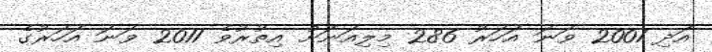
އަދި 2001 ވަނަ އަހަރު 286 މިލިއަނަށް އިތުރުވެ 2011 ވަނަ އަހަރުގެ